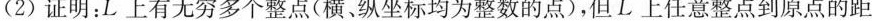
(2)证明：L上有无穷多个整点(横、纵坐标均为整数的点)，但L上任意整点到原点的距